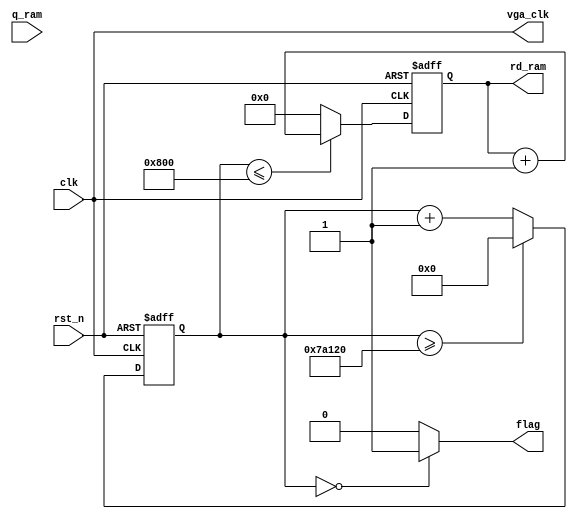
/*-----------------------------------------------------------------------
* Version       :       1.0
* Description   :       Design for.
* --------------------------------------------------------------------*/

module  debug
(
    //clk interface
        input                   clk                     ,      
        input                   rst_n                   ,      
    //ram   interface
        output                  vga_clk                 ,
        output    reg   [12:0]  rd_ram                  ,
        input           [ 9:0]  q_ram                   ,
        output                  flag

);


//--------------------------------
////Funtion : define

reg     [31:0]          cnt_time                    ;
parameter               TIME_1MS    =   500_000     ;

always @(posedge clk or negedge rst_n)
begin
    if(!rst_n)
        cnt_time <= 'd0;
    else if(cnt_time >= TIME_1MS)
        cnt_time <= 'd0;
    else
        cnt_time <= cnt_time + 1'b1;
end


always @(posedge clk or negedge rst_n)
begin
    if(!rst_n)
        rd_ram <= 'd0;
    else if(cnt_time <= 13'd2048)
        rd_ram <= rd_ram + 1'b1;
	else
		rd_ram <= 'd0;
end



assign  flag = (cnt_time == 1'b0) ? 1'b1 : 1'b0;

assign	vga_clk	=	clk;




endmodule